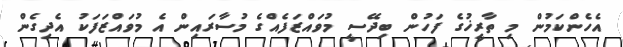
އެހެންކަމުން މި ތާރީޚުގެ ފަހުން ބިދޭސީ މުވައްޒަފެއްގެ މުސާރައިން އެ މުވައްޒަފަކު އެދިގެން